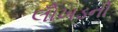
લોઁખડની